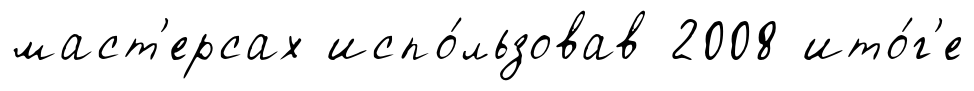
маст'ерсах испо́льзовав 2008 ито́г'е